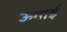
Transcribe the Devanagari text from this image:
ऊगाई